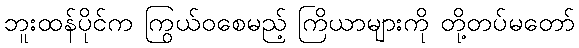
ဘူးထန်ပိုင်က ကြွယ်ဝစေမည့် ကြိယာများကို တို့တပ်မတော်